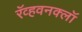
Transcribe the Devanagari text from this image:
रॅव्हवनक्लॉ